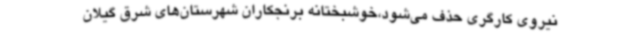
نیروی کارگری حذف می‌شود،خوشبختانه برنجکاران شهرستان‌های شرق گیلان